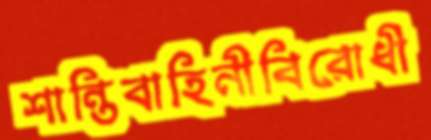
শান্তিবাহিনীবিরোধী